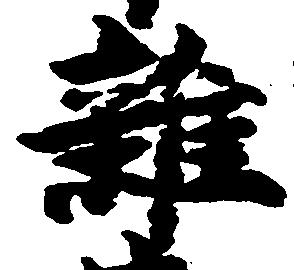
雑